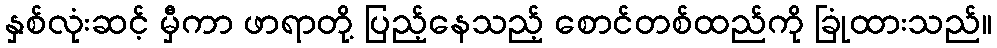
နှစ်လုံးဆင့် မှီကာ ဖာရာတို့ ပြည့်နေသည့် စောင်တစ်ထည်ကို ခြုံထားသည်။